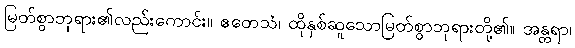
မြတ်စွာဘုရား၏လည်းကောင်း။ ဧတေသံ၊ ထိုနှစ်ဆူသောမြတ်စွာဘုရားတို့၏။ အန္တရာ၊